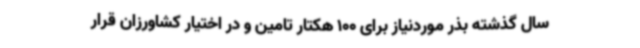
سال گذشته بذر موردنیاز برای 100 هکتار تامین و در اختیار کشاورزان قرار